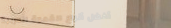
أفضل أنواع القهوة العربية